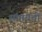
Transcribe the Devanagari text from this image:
संपायची